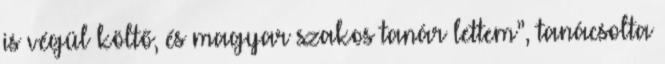
is végül költő, és magyar szakos tanár lettem”, tanácsolta